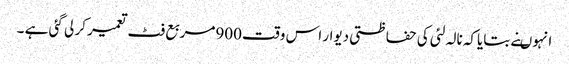
انہوںنے بتایاکہ نالہ لئی کی حفاظتی دیوار اس وقت 900مربع فٹ تعمیر کر لی گئی ہے ۔